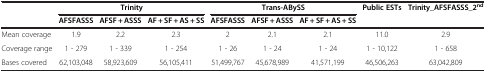
|  | <COLSPAN=3> Trinity | <COLSPAN=3> Trans-ABySS | Public ESTs | Trinity_AFSFASSS_2nd |
 |  | AFSFASSS | AFSF + ASSS | AF + SF + AS + SS | AFSFASSS | AFSF + ASSS | AF + SF + AS + SS |  |  |
 | --- | --- | --- | --- | --- | --- | --- | --- | --- |
 | Mean coverage | 1.9 | 2.2 | 2.3 | 2 | 2.1 | 2.1 | 11.0 | 2.9 |
 | Coverage range | 1 - 279 | 1 - 339 | 1 - 254 | 1 - 26 | 1 - 24 | 1 - 24 | 1 - 10,122 | 1 - 658 |
 | Bases covered | 62,103,048 | 58,923,609 | 56,105,411 | 51,499,767 | 45,678,989 | 41,571,199 | 46,506,263 | 63,042,809 |